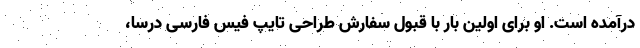
درآمده است. او برای اولین بار با قبول سفارش طراحی تایپ فیس فارسی درسا،